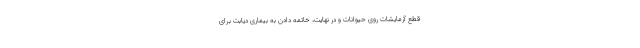
قطع آزمایشات روی حیوانات و در نهایت، خاتمه دادن به بیماری دیابت برای